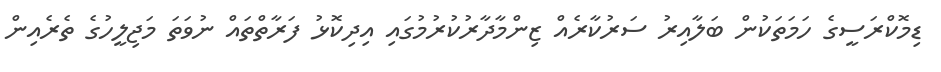
ޑިމޮކްރަސީގެ ހަމަތަކުން ބަލާއިރު ސަރުކާރެއް ޒިންމާދާރުކުރުމުގައި އިދިކޮޅު ފަރާތްތައް ނުވަތަ މަޖިލީހުގެ ތެރެއިން